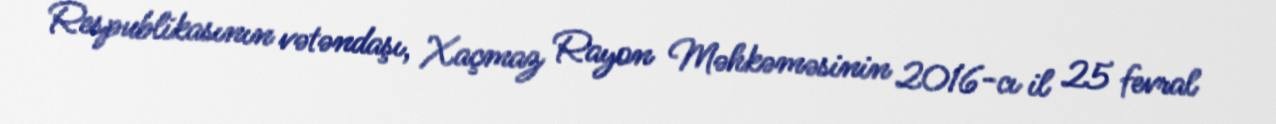
Respublikasının vətəndaşı, Xaçmaz Rayon Məhkəməsinin 2016-cı il 25 fevral